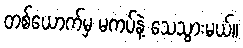
တစ်ယောက်မှ မကပ်နဲ့ သေသွားမယ်။